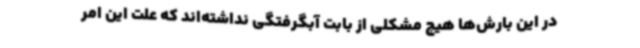
در این بارش‌ها هیچ مشکلی از بابت آبگرفتگی نداشته‌اند که علت این امر